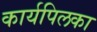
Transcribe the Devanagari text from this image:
कार्यपिलका